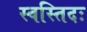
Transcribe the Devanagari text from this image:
स्वस्तिदः